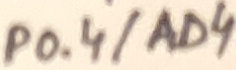
Text: P0.4/AD4